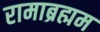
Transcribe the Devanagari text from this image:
रामाब्रह्मम